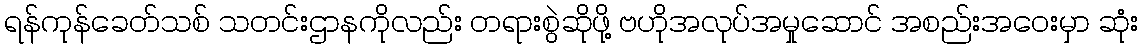
ရန်ကုန်ခေတ်သစ် သတင်းဌာနကိုလည်း တရားစွဲဆိုဖို့ ဗဟိုအလုပ်အမှုဆောင် အစည်းအဝေးမှာ ဆုံး